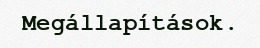
Megállapítások.